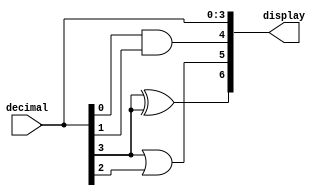
module decode_7segment (decimal, display);
  input [3:0] decimal;
  output [6:0] display;

/*
The binary encoded decimal digit is contained in decimal[0] to decimal[3].
Each element of display drives one segment of the output.


Boolean operation symbols:
   & = AND   e.g. (A & B)
   | = OR    e.g. (A | B)
   ~ = NOT   e.g. ( ~A)
*/

/* These are not correct...*/
assign display[0] = decimal[0];
assign display[1] = decimal[1];
assign display[2] = decimal[2];
assign display[3] = decimal[3];
assign display[4] = decimal[0] & decimal[1];
assign display[5] = decimal[3] | decimal[2];
assign display[6] = decimal[3] ^ decimal[3];

endmodule